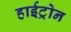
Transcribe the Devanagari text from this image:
हाईट्रोन